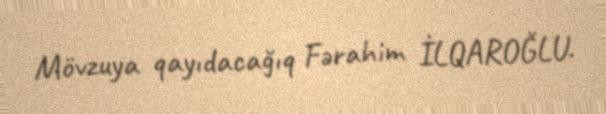
Mövzuya qayıdacağıq Fərahim İLQAROĞLU.